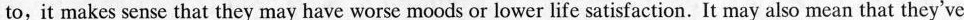
to, it makes sense that they may have worse moods or lower life satisfaction. It may also mean that they've